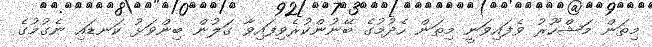
މިތަން މަޝްހޫރު ވެފައިވަނީ މިތަން ހެދުމުގެ ބޭނުންކުރެވިފައިވާ ގަލުން ބިންވަޅު ކަނޑައި ނެގުމުގެ